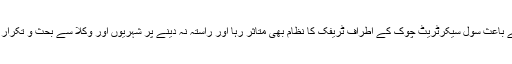
مظاہرین کے دھرنے کے باعث سول سیکرٹریٹ چوک کے اطراف ٹریفک کا نظام بھی متاثر رہا اور راستہ نہ دینے پر شہریوں اور وکلا سے بحث و تکرار کا سلسلہ بھی جاری ہے۔